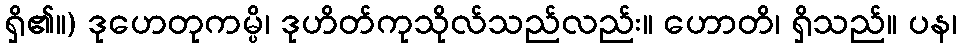
ရှိ၏။) ဒုဟေတုကမ္ပိ၊ ဒုဟိတ်ကုသိုလ်သည်လည်း။ ဟောတိ၊ ရှိသည်။ ပန၊